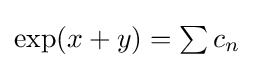
{\textstyle \exp(x+y)=\sum c_{n}}